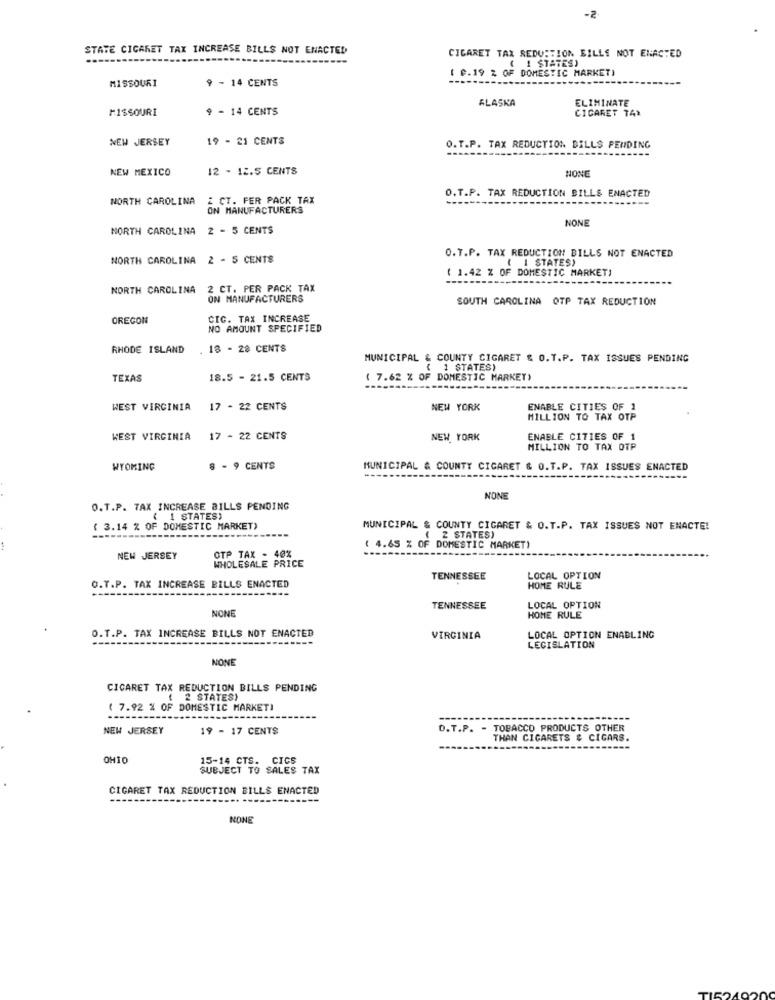
-2
STATE CIGARET TAX INCREASE BILLS NOT ENACTED
CIGARET TAX REDUCTION BILLS NOT ENACTED
( ! STATES)
MISSOURI
9 - 14 CENTS
( P.19 % OF DOMESTIC MARKET)
ALASKA
ELIMINATE
MISSOURI
9 - 14 CENTS
CIGARET TAR
NEW JERSEY
19 - 21 CENTS
O.T.P. TAX REDUCTION BILLS PENDING
NEW MEXICO
12 - 12.5 CENTS
NONE
NORTH CAROLINA
2 CT. FER PACK TAX
O.T.P. TAX REDUCTION BILLS ENACTED
ON MANUFACTURERS
NONE
NORTH CAROLINA
2 - 5 CENTS
NORTH CAROLINA 2 - 5 CENTS
O.T.P. TAX REDUCTION BILLS NOT ENACTED
{ 1 STATES)
( 1.42 % OF DOMESTIC MARKET)
NORTH CAROLINA
2 CT. PER PACK TAX
ON MANUFACTURERS
SOUTH CAROLINA OTP TAX REDUCTION
OREGON
CIC. TAX INCREASE
NO AMOUNT SPECIFIED
RHODE ISLAND
18 - 28 CENTS
MUNICIPAL & COUNTY CIGARET & O.T.P. TAX ISSUES PENDING
( 1 STATES)
TEXAS
18.5 - 21.5 CENTS
( 7.62 % OF DOMESTIC MARKET)
WEST VIRGINIA
17 - 22 CENTS
NEW YORK
ENABLE CITIES OF 1
MILLION TO TAX OTP
WEST VIRGINIA
17 - 22 CENTS
NEW YORK
ENABLE CITIES OF 1
MILLION TO TAX OTP
WYOMING
8 - 9 CENTS
MUNICIPAL & COUNTY CIGARET & O.T.P. TAX ISSUES ENACTED
NONE
O.T.P. TAX INCREASE BILLS PENDING
< 1 STATES)
( 3.14 % OF DOMESTIC MARKET)
MUNICIPAL & COUNTY CIGARET & O.T.P. TAX ISSUES NOT ENACTE!
(Z STATES)
OTP TAX - 40%
( 4.65 % OF DOMESTIC MARKET)
NEW JERSEY
WHOLESALE PRICE
TENNESSEE
LOCAL OPTION
O.T.P. TAX INCREASE BILLS ENACTED
HOME RULE
NONE
TENNESSEE
LOCAL OPTION
HOME RULE
O.T.P. TAX INCREASE BILLS NOT ENACTED
VIRGINIA
LOCAL OPTION ENABLING
LEGISLATION
NONE
CIGARET TAX REDUCTION BILLS PENDING
2 STATES)
( 7.92 % OF DOMESTIC MARKET)
---
NEW JERSEY
19 - 17 CENTS
O.T.P. -
TOBACCO PRODUCTS OTHER
THAN CIGARETS & CIGARS.
OHIC
15-14 CTS. CICS
SUBJECT TO SALES TAX
CIGARET TAX REDUCTION BILLS ENACTED
NONE